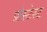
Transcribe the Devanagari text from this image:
प्रोस्टेस्ट